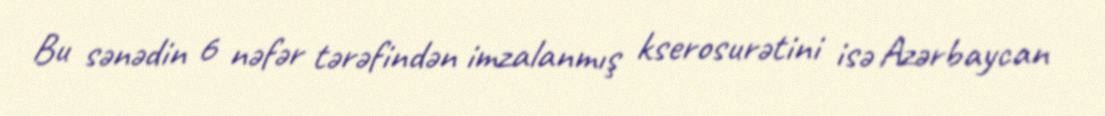
Bu sənədin 6 nəfər tərəfindən imzalanmış kserosurətini isə Azərbaycan